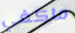
ماكغي